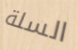
السلة